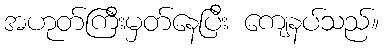
အဟုတ်ကြီးမှတ်နေပြီး ကျေနပ်သည်။